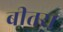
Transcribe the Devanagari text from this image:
बीतरा